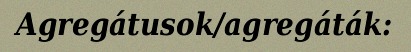
Agregátusok/agregáták: